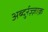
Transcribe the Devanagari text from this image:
अब्दुर्रज़्ज़ाक़